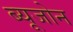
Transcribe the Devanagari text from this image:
ब्यूजोन